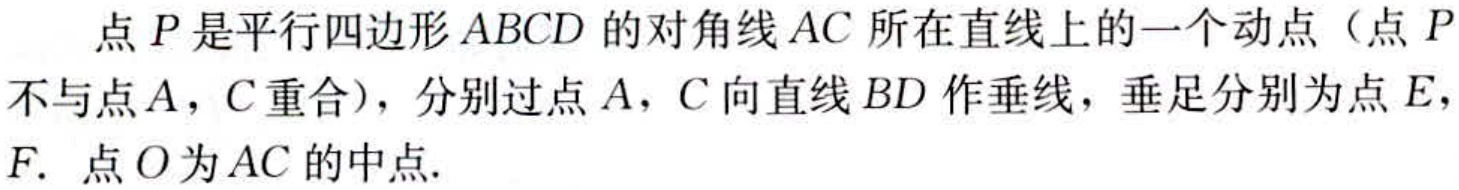
点\(P\)是平行四边形\(ABCD\)的对角线\(AC\)所在直线上的一个动点（点\(P\)不与点\(A\)，\(C\)重合），分别过点\(A\)，\(C\)向直线\(BD\)作垂线，垂足分别为点\(E\)，\(F\). 点\(O\)为\(AC\)的中点.